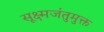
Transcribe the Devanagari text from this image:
सूक्ष्मजंतुमुक्त